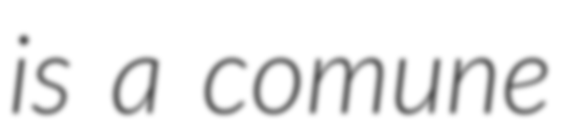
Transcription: is a comune